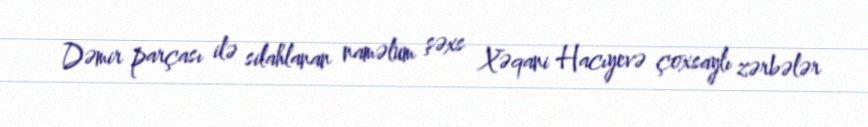
Dəmir parçası ilə silahlanan naməlum şəxs Xəqani Hacıyevə çoxsaylı zərbələr